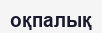
оқпалық